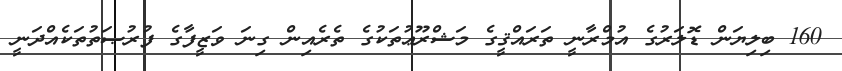
160 ބިލިޔަން ޑޮލަރުގެ އުމްރާނީ ތަރައްޤީގެ މަޝްރޫޢުތަކުގެ ތެރެއިން ގިނަ ވަޒީފާގެ ފުރުޞަތުތަކެއްދަނީ